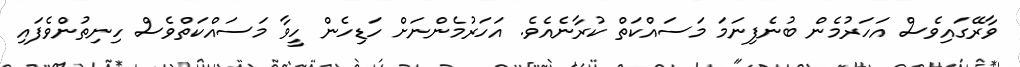
ވާރޭގައިވެސް އަހަރުމެން ބުނެފިނަމަ މަސައްކަތް ކުރާނެއެވެ. އަހަރުމެންނަށް ހަޑިހެން ހީވާ މަސައްކަތްވެސް ހިނިތުންވެފައި